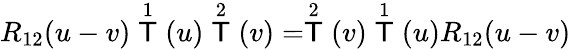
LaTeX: R_{12}(u-v)\stackrel{1}{\mathsf{T}}(u)\stackrel{2}{\mathsf{T}}(v)=\stackrel{2}{\mathsf{T}}(v)\stackrel{1}{\mathsf{T}}(u)R_{12}(u-v)